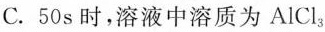
C.50s时，溶液中溶质为AlCl3